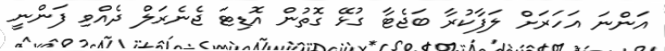
އަންނަ އަހަރަށް ލަފާކުރާ ބަޖެޓާ ގުޅޭ ގޮތުން އޮޑިޓަ ޖެނެރަލް ދެއްވި ފަންނީ